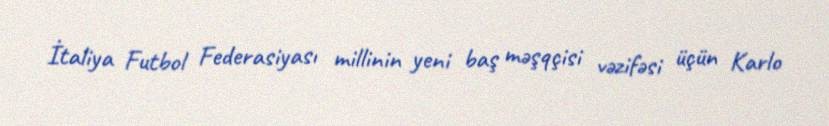
İtaliya Futbol Federasiyası millinin yeni baş məşqçisi vəzifəsi üçün Karlo